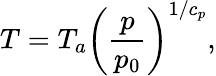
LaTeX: T=T_{a}\bigg({\frac{p}{p_{0}}}\bigg)^{1/c_{p}},